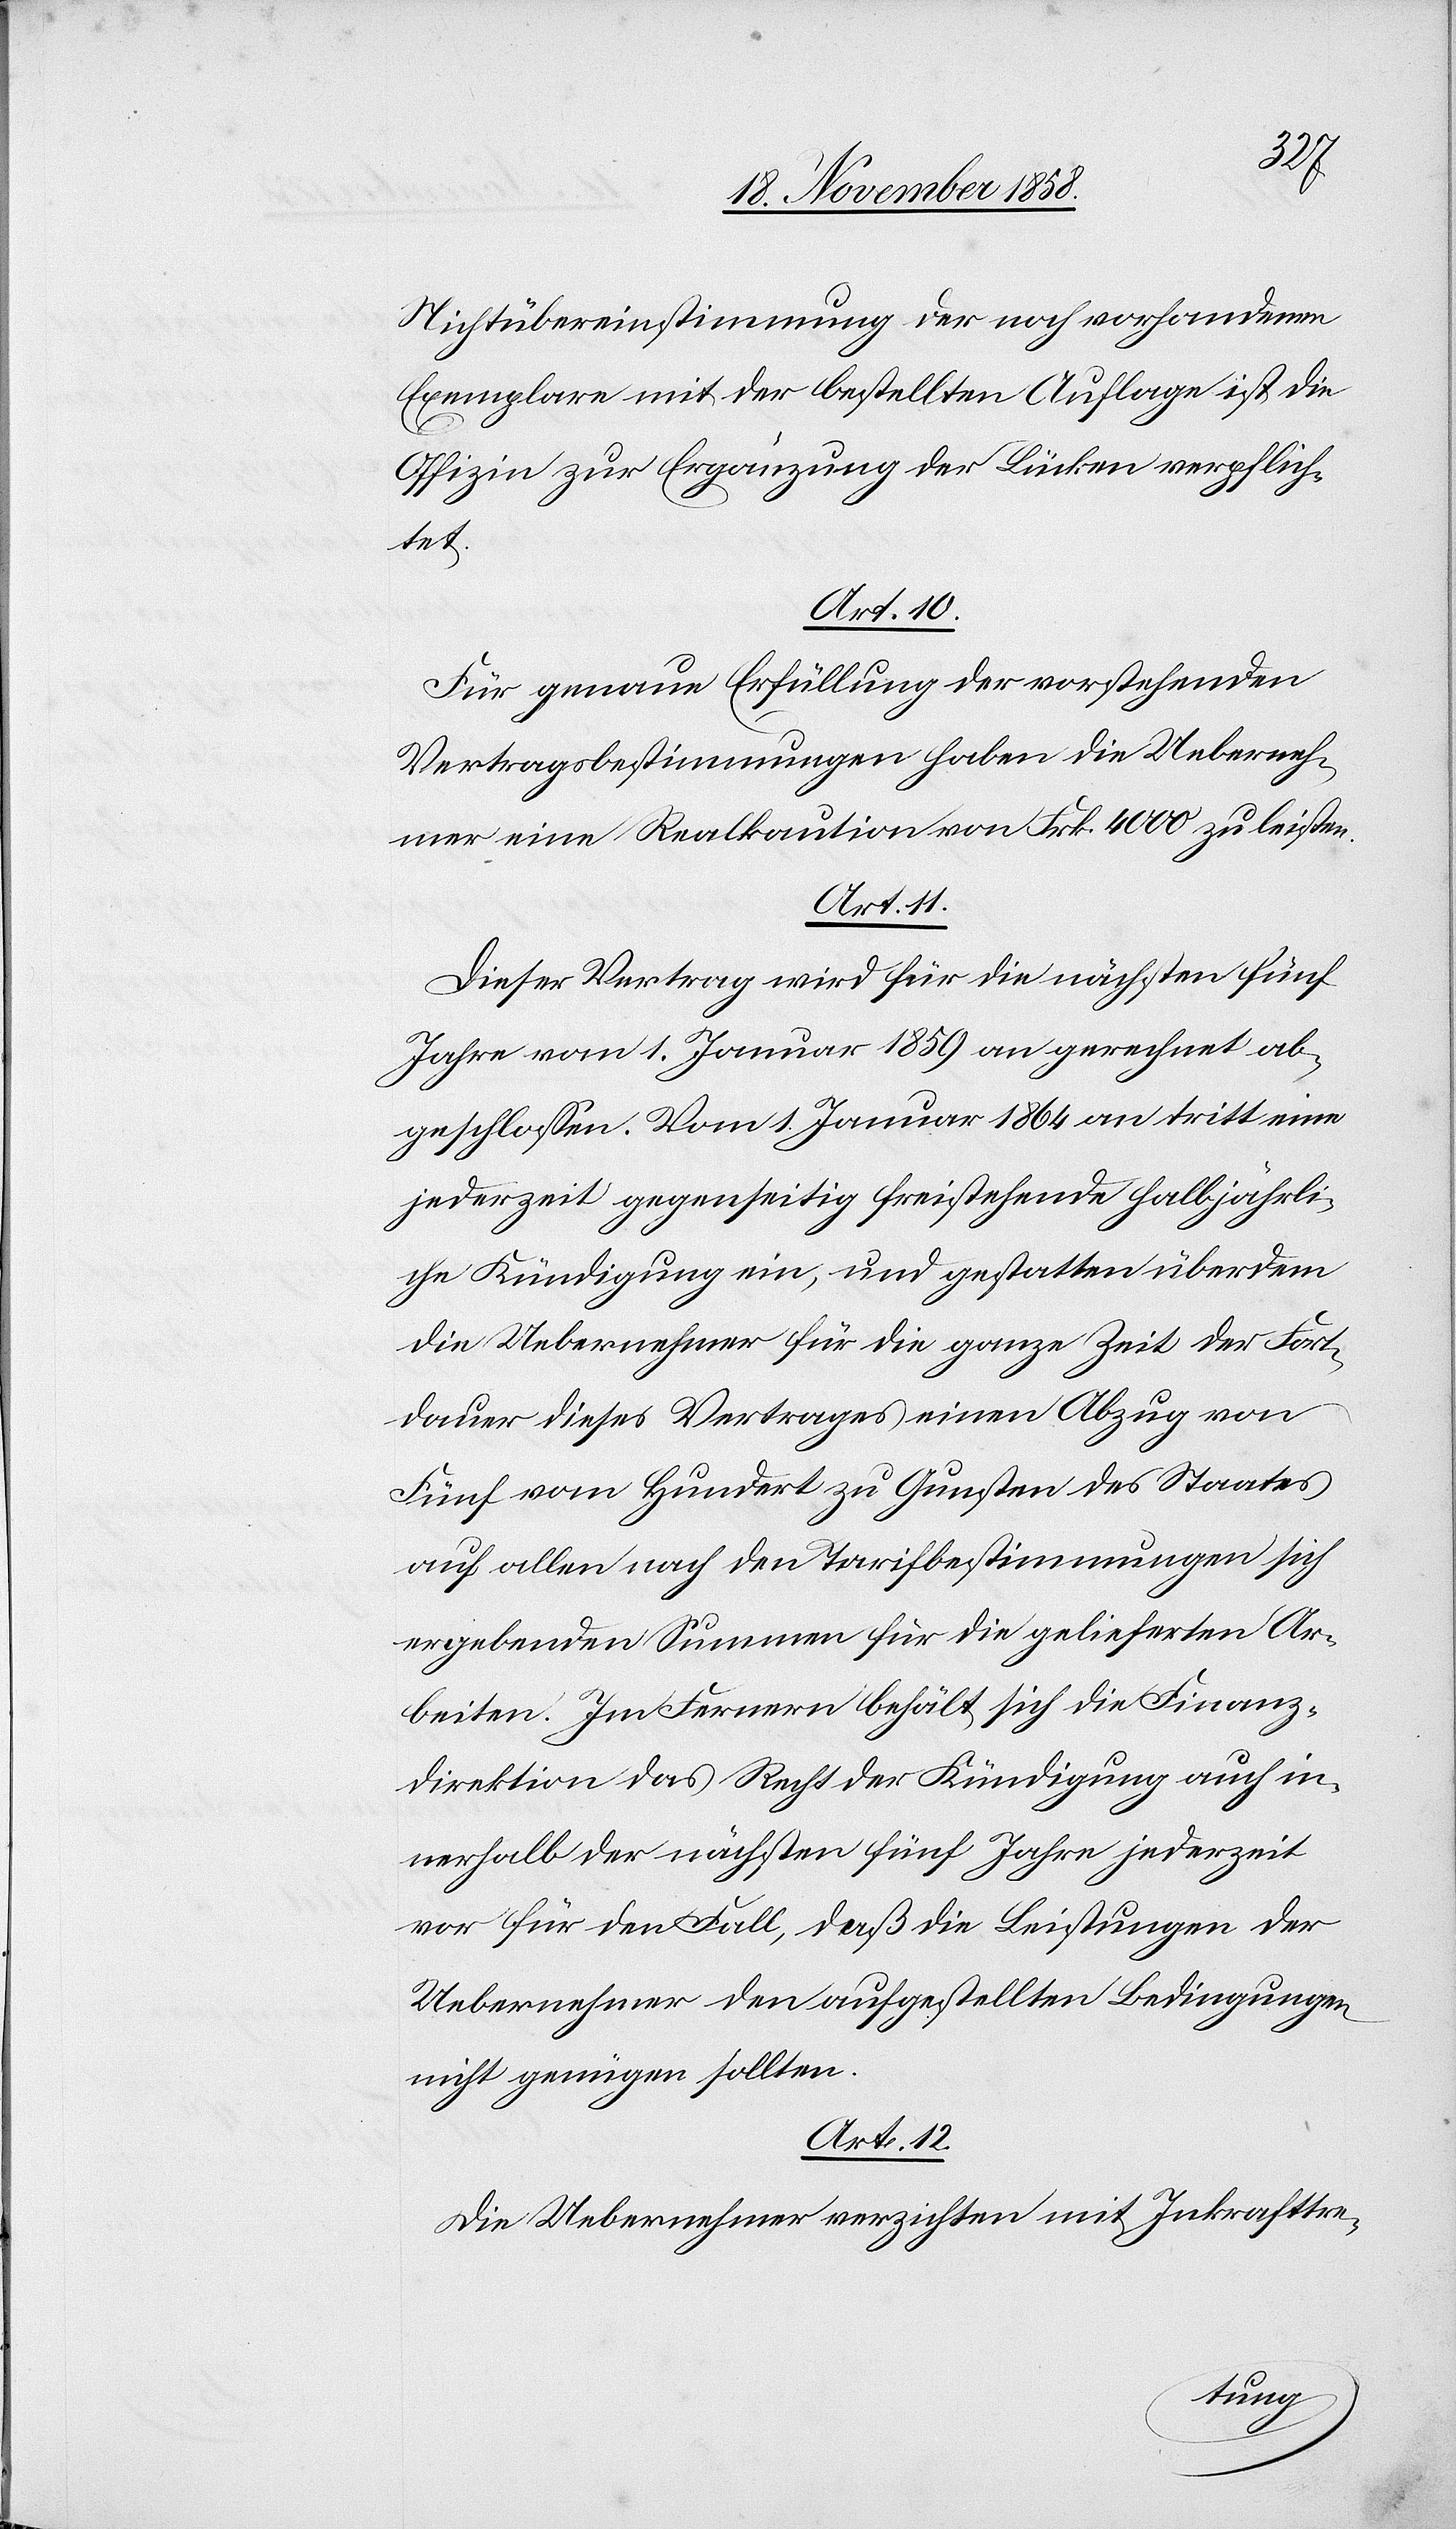
Nichtübereinstimmung der noch vorhandenen
Exemplare mit der bestellten Auflage ist die
Offizin zur Ergänzung der Lücken verpflich¬
tet.
Art. 10.
Für genaue Erfüllung der vorstehenden
Vertragsbestimmungen haben die Ueberneh¬
mer eine Realkaution von Frk. 4000 zu leisten.
Art. 11.
Dieser Vertrag wird für die nächsten fünf
Jahre vom 1. Januar 1859 an gerechnet ab¬
geschlossen. Vom 1. Januar 1864 an tritt eine
jederzeit gegenseitig freistehende halbjährli¬
che Kündigung ein, und gestatten überdem
die Uebernehmer für die ganze Zeit der Fort¬
dauer dieses Vertrages einen Abzug von
Fünf vom Hundert zu Gunsten des Staates
auf allen nach den Tarifbestimmungen sich
ergebenden Summen für die gelieferten Ar¬
beiten. Im Fernern behält sich die Finanz¬
direktion das Recht der Kündigung auch in¬
nerhalb der nächsten fünf Jahre jederzeit
vor für den Fall, daß die Leistungen der
Uebernehmer den aufgestellten Bedingungen
nicht genügen sollten.
Art. 12.
Die Uebernehmer verzichten mit Inkrafttre-